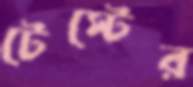
টেস্টের